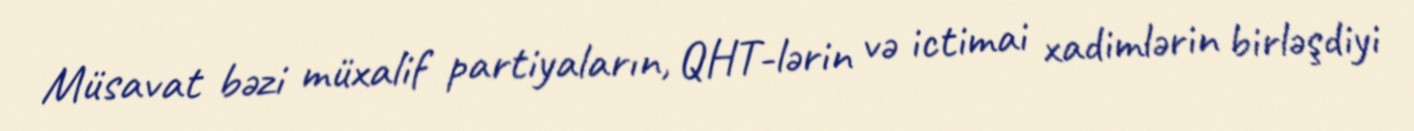
Müsavat bəzi müxalif partiyaların, QHT-lərin və ictimai xadimlərin birləşdiyi